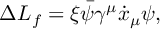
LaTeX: \Delta L _ { f } = \xi \bar { \psi } \gamma ^ { \mu } \dot { x } _ { \mu } \psi ,